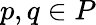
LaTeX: p,q\in P